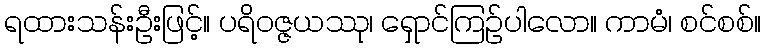
ရထားသန်းဦးဖြင့်။ ပရိဝဇ္ဇယဿု၊ ရှောင်ကြဉ်ပါလော။ ကာမံ၊ စင်စစ်။